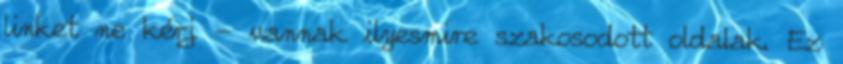
linket ne kérj - vannak ilyesmire szakosodott oldalak. Ez